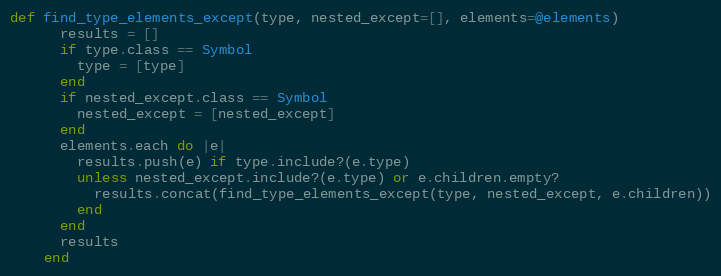
Language: Ruby
def find_type_elements_except(type, nested_except=[], elements=@elements)
      results = []
      if type.class == Symbol
        type = [type]
      end
      if nested_except.class == Symbol
        nested_except = [nested_except]
      end
      elements.each do |e|
        results.push(e) if type.include?(e.type)
        unless nested_except.include?(e.type) or e.children.empty?
          results.concat(find_type_elements_except(type, nested_except, e.children))
        end
      end
      results
    end